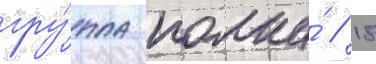
гру́ппа полка́ // 18